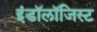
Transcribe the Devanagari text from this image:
इंडॉलॉजिस्ट